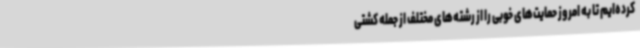
کرده‌ایم تا به امروز حمایت‌های خوبی را از رشته‌های مختلف از جمله کشتی